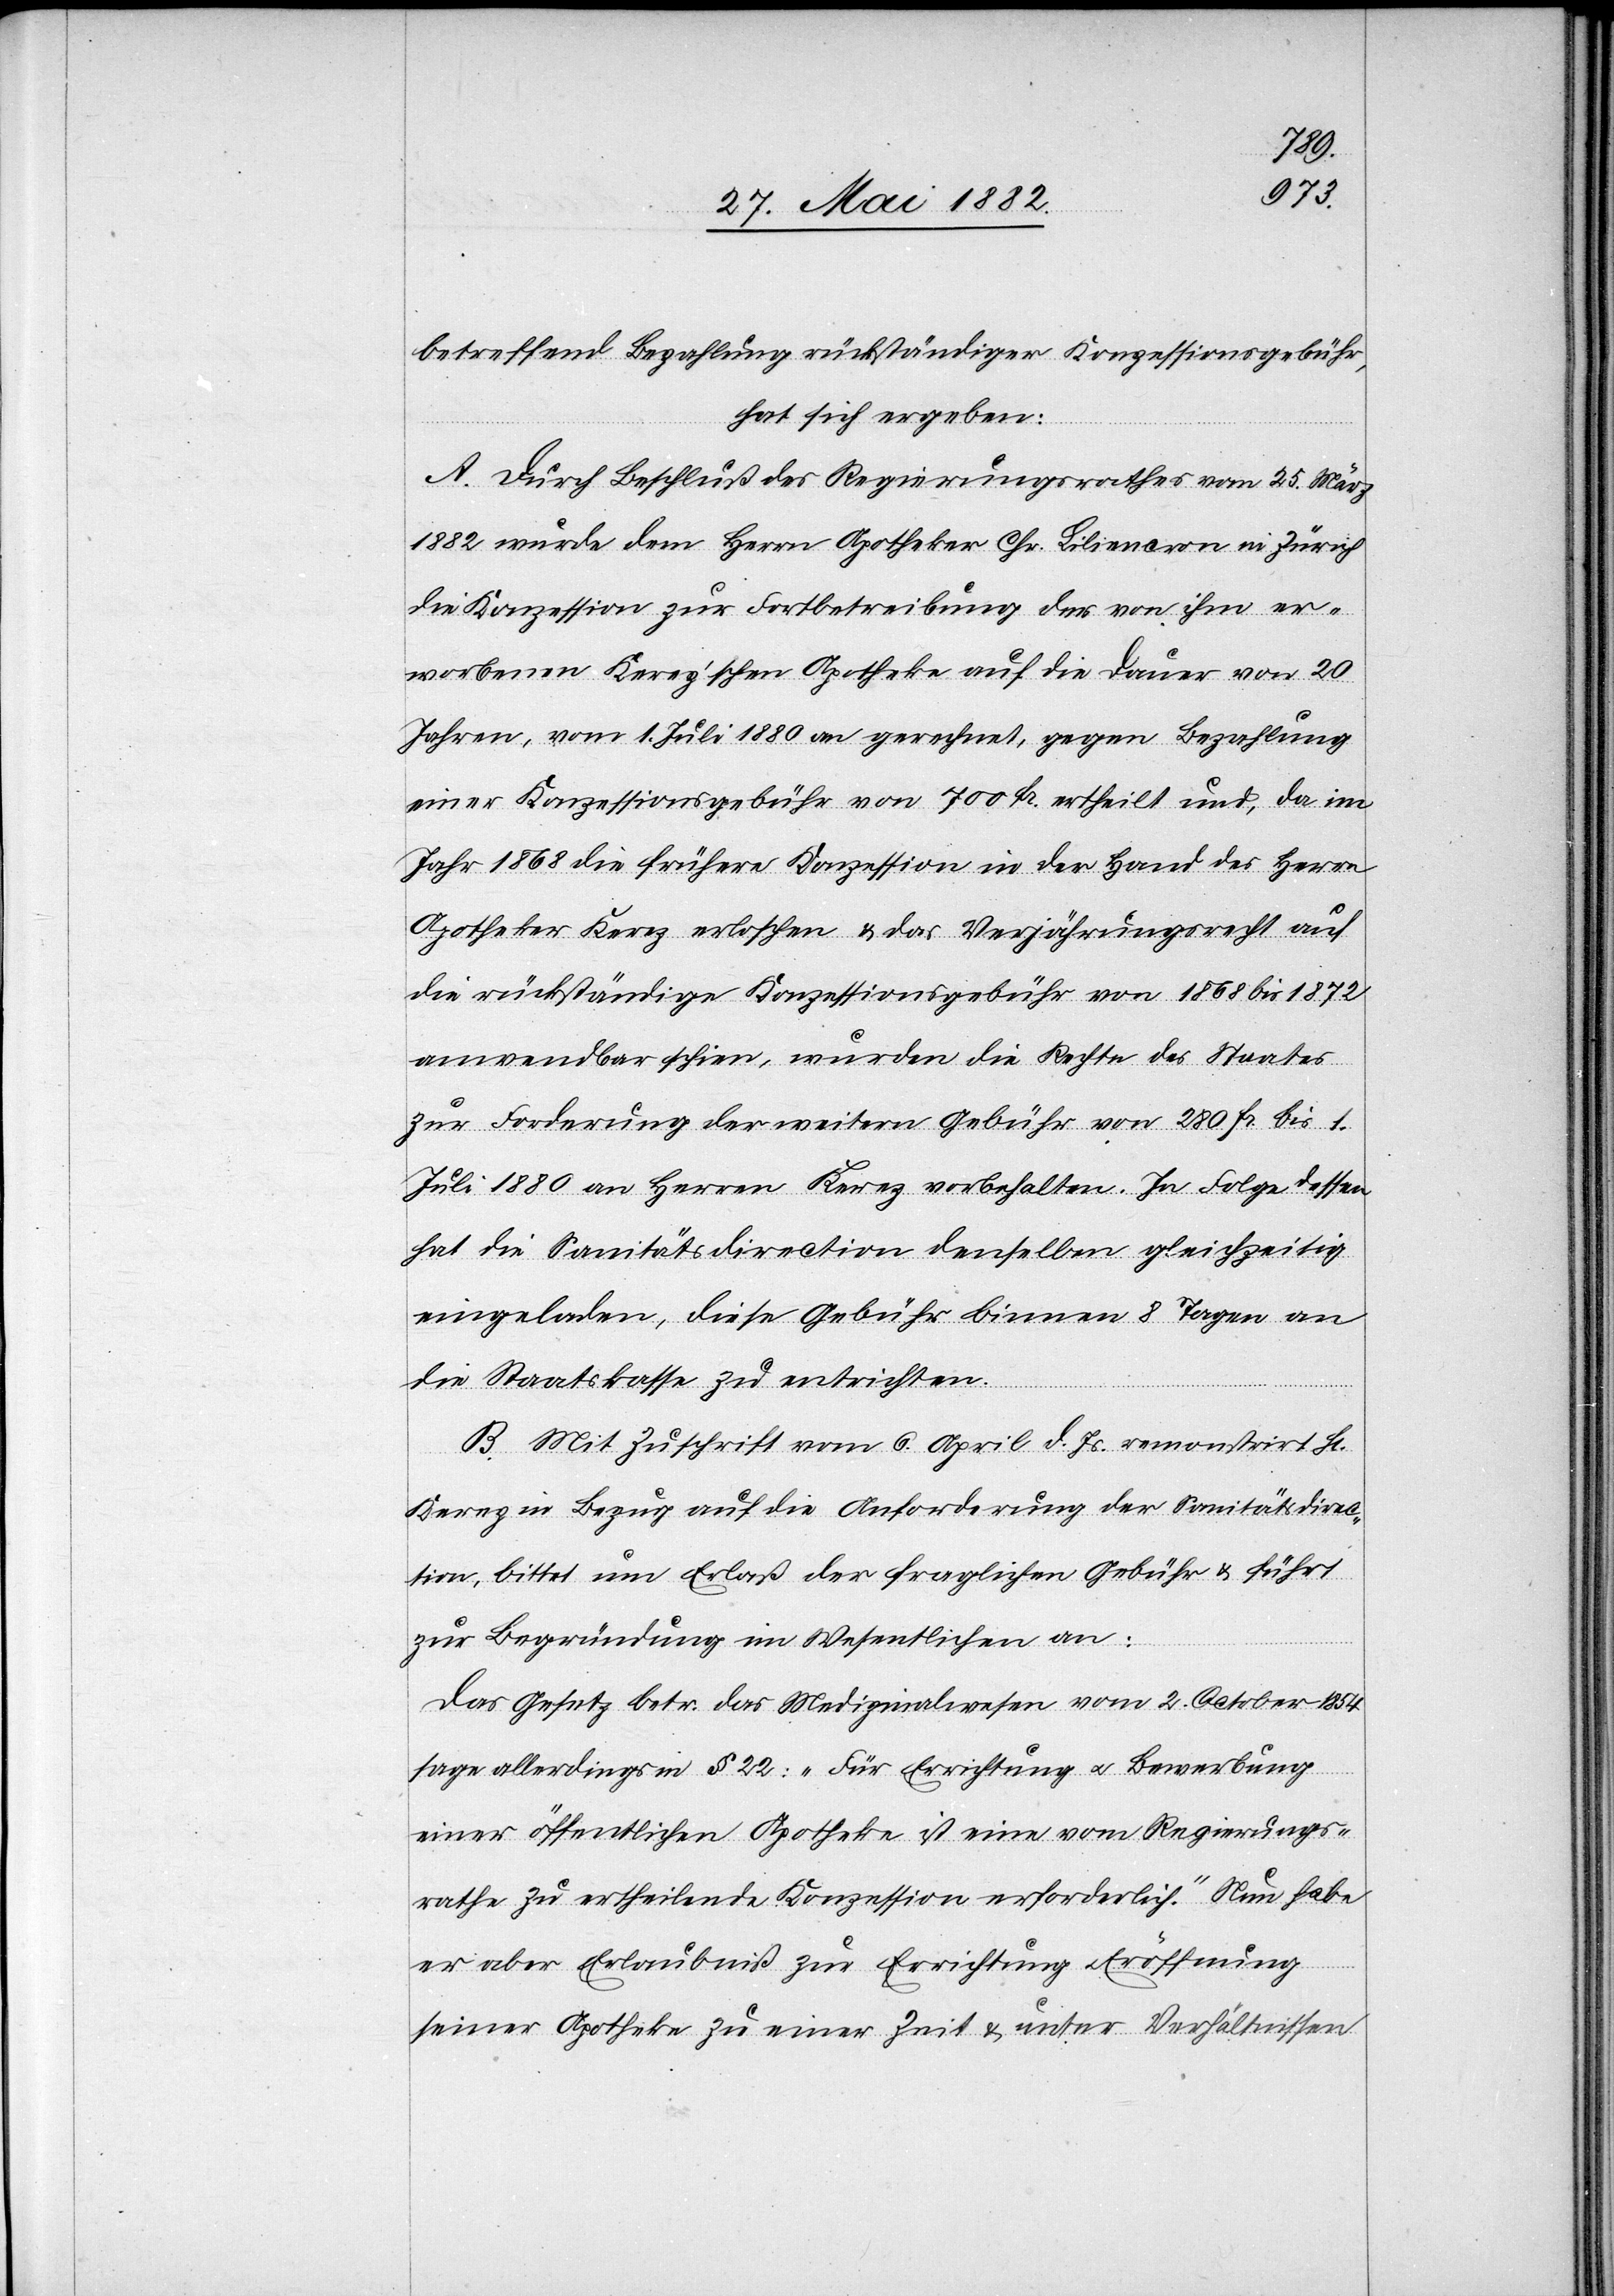
betreffend Bezahlung rückständiger Konzessionsgebühr,
hat sich ergeben:
A. Durch Beschluß des Regierungsrathes vom 25. März
1882 wurde dem Herrn Apotheker Chr. Liliencron in Zürich
die Konzession zur Fortbetreibung der von ihm er¬
worbenen Kerez’schen Apotheke auf die Dauer von 20
Jahren, vom 1. Juli 1880 an gerechnet, gegen Bezahlung
einer Konzessionsgebühr von 700 Fr. ertheilt und, da im
Jahr 1868 die frühere Konzession in der Hand des Herrn
Apotheker Kerez erloschen & das Verjährungsrecht auf
die rückständige Konzessionsgebühr von 1868 bis 1872
anwendbar schien, wurden die Rechte des Staates
zur Forderung der weitern Gebühr von 280 Fr. bis 1.
Juli 1880 an Herrn Kerez vorbehalten. In Folge dessen
hat die Sanitätsdirection denselben gleichzeitig
eingeladen, diese Gebühr binnen 8 Tagen an
die Staatskasse zu entrichten.
B. Mit Zuschrift vom 6. April d. Js. remonstrirt Hr.
Kerez in Bezug auf die Anforderung der Sanitätsdirec¬
tion, bittet um Erlaß der fraglichen Gebühr & führt
zur Begründung im Wesentlichen an:
Das Gesetz betr. das Medizinalwesen vom 2. October 1854
sage allerdings in § 22: „Für Errichtung u. Bewerbung
einer öffentlichen Apotheke ist eine vom Regierungs¬
rathe zu ertheilende Konzession erforderlich.“ Nun habe
er aber Erlaubniß zur Errichtung u. Eröffnung
seiner Apotheke zu einer Zeit & unter Verhältnissen